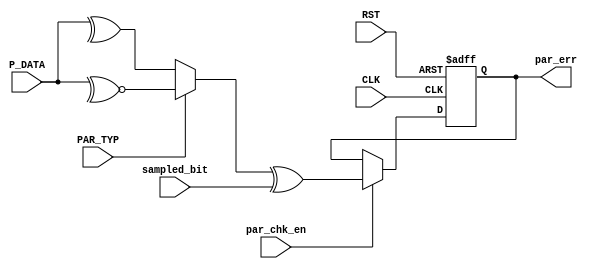
module parity_check (
  input       PAR_TYP, par_chk_en, sampled_bit,
  input [7:0] P_DATA,
  input       CLK, RST,
  output reg  par_err
  );
  
  wire        expec_par;
  
  always @(posedge CLK or negedge RST)
    begin
      if (!RST)
        begin
          par_err <= 1'b0;
        end
      else if (par_chk_en)
        begin
          par_err <= expec_par ^ sampled_bit;
        end
    end
  
  assign expec_par = (PAR_TYP) ? ~^(P_DATA) : ^(P_DATA);
endmodule